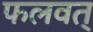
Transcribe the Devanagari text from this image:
फलवत्